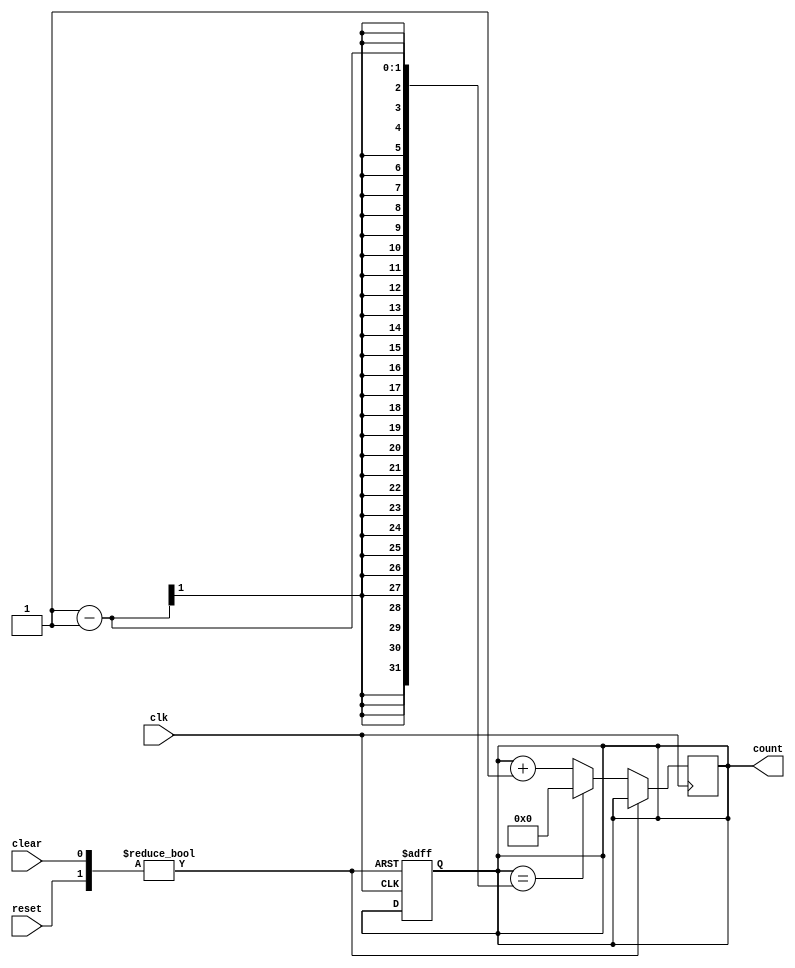
module ModulusCounter (
    input wire clk,
    input wire reset,
    input wire clear,
    output reg [N-1:0] count
);

parameter N = 4; // specify the width of the counter

reg [N-1:0] next_count;

always @(posedge clk or posedge reset or posedge clear) begin
    if (reset) begin
        count <= 0;
    end else if (clear) begin
        count <= 0;
    end else begin
        if (count == (M-1)) begin
            next_count <= 0;
        end else begin
            next_count <= count + 1;
        end
    end
end

always @* begin
    count <= next_count;
end

endmodule